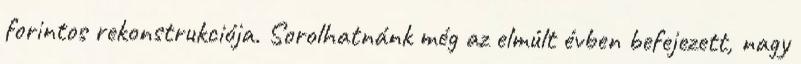
forintos rekonstrukciója. Sorolhatnánk még az elmúlt évben befejezett, nagy